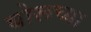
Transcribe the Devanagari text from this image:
बोरूच्या